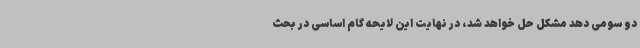
دو سومی دهد مشکل حل خواهد شد، در نهایت این لایحه گام اساسی در بحث